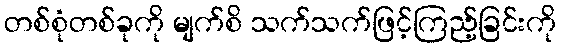
တစ်စုံတစ်ခုကို မျက်စိ သက်သက်ဖြင့်ကြည့်ခြင်းကို